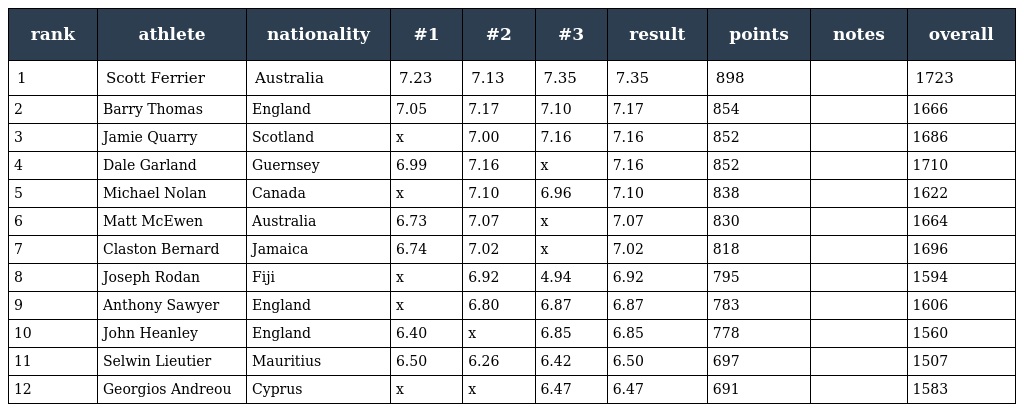
| rank | athlete | nationality | #1 | #2 | #3 | result | points | notes | overall |
 | --- | --- | --- | --- | --- | --- | --- | --- | --- | --- |
 | 1 | Scott Ferrier | Australia | 7.23 | 7.13 | 7.35 | 7.35 | 898 |  | 1723 |
 | 2 | Barry Thomas | England | 7.05 | 7.17 | 7.10 | 7.17 | 854 |  | 1666 |
 | 3 | Jamie Quarry | Scotland | x | 7.00 | 7.16 | 7.16 | 852 |  | 1686 |
 | 4 | Dale Garland | Guernsey | 6.99 | 7.16 | x | 7.16 | 852 |  | 1710 |
 | 5 | Michael Nolan | Canada | x | 7.10 | 6.96 | 7.10 | 838 |  | 1622 |
 | 6 | Matt McEwen | Australia | 6.73 | 7.07 | x | 7.07 | 830 |  | 1664 |
 | 7 | Claston Bernard | Jamaica | 6.74 | 7.02 | x | 7.02 | 818 |  | 1696 |
 | 8 | Joseph Rodan | Fiji | x | 6.92 | 4.94 | 6.92 | 795 |  | 1594 |
 | 9 | Anthony Sawyer | England | x | 6.80 | 6.87 | 6.87 | 783 |  | 1606 |
 | 10 | John Heanley | England | 6.40 | x | 6.85 | 6.85 | 778 |  | 1560 |
 | 11 | Selwin Lieutier | Mauritius | 6.50 | 6.26 | 6.42 | 6.50 | 697 |  | 1507 |
 | 12 | Georgios Andreou | Cyprus | x | x | 6.47 | 6.47 | 691 |  | 1583 |